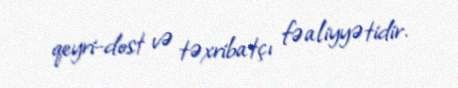
qeyri-dost və təxribatçı fəaliyyətidir.